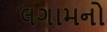
લગામનો